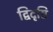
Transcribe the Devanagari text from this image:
द्विदृष्टि